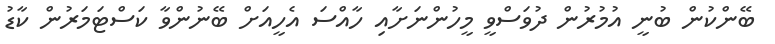
ބޭންކުން ބުނީ އުމުރުން ދުވަސްވީ މީހުންނަށާއި ހާއްސަ އެހީއަށް ބޭނުންވާ ކަސްޓަމަރުން ކާޑު